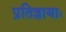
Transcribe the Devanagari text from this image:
प्रतिज्ञायाः